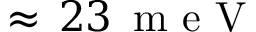
\approx \, 2 3 \, \mathrm { ~ m ~ e ~ V ~ }